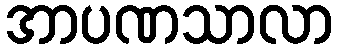
အာပဏသာလာ